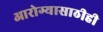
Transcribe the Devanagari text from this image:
आरोग्यासाठीही